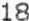
18